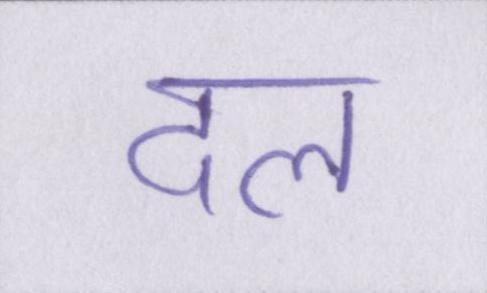
दल